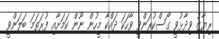
ރިޔާޒު ވިދާޅުވީ ގޯސްކުރަންވީ ވާހަކަ ދައްކާ މީހުން ނޫން ކަމަށާއި ފުރަތަމަ ބަލަންވީ